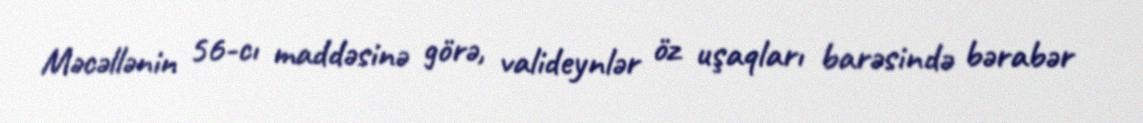
Məcəllənin 56-cı maddəsinə görə, valideynlər öz uşaqları barəsində bərabər